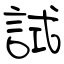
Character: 試